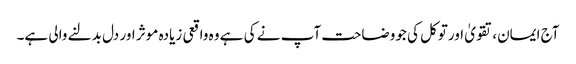
آج ایمان،تقویٰ اورتوکل کی جووضاحت آپ نے کی ہے وہ واقعی زیادہ موثر اور دل بدلنے والی ہے۔